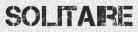
SOLITAIRE